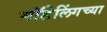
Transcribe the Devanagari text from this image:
मॉडेलिंगच्या